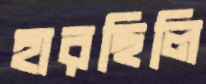
হারছিলি